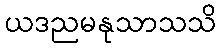
ယဒညမနုသာသသိ